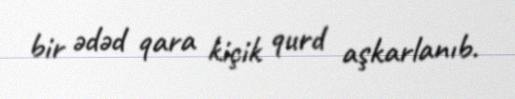
bir ədəd qara kiçik qurd aşkarlanıb.